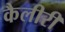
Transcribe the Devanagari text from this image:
कैलीरी